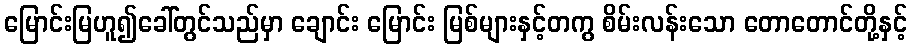
မြောင်းမြဟူ၍ခေါ်တွင်သည်မှာ ချောင်း မြောင်း မြစ်များနှင့်တကွ စိမ်းလန်းသော တောတောင်တို့နှင့်